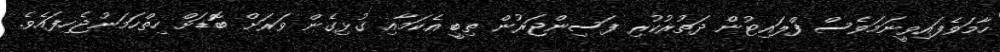
ހާމަވެފައިވީނަމަވެސް ފްލައިޓުން ދަތުރުކުރި ފަސިންޖަރުން ތިބީ އެކަމާއި ގުޅިގެން ވަރަށް ބޮޑަށް ހިތްހަމަނުޖެހިފައެވެ.